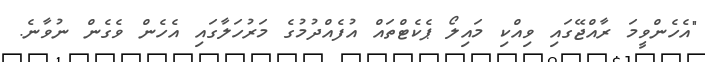
"އެހެންވީމަ ރާއްޖޭގައި ވިއްކި މައިލޯ ޕެކެޓްތައް އުފެއްދުމުގެ މަރުހަލާގައި އެހެން ވެގެން ނުވާނެ.